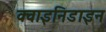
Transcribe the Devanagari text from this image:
क्वाइनिडाइन